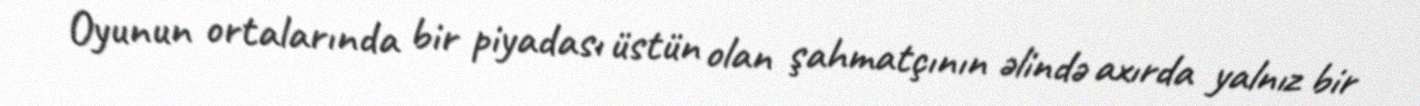
Oyunun ortalarında bir piyadası üstün olan şahmatçının əlində axırda yalnız bir